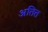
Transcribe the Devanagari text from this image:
अतित